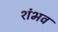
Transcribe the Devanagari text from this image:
शंभव